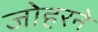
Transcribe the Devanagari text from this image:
जोहरने